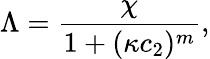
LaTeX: \Lambda=\frac{\chi}{1+(\kappa c_{2})^{m}},